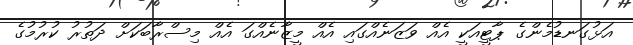
އަޅުގަނޑުމެންގެ ޕާޓީއަކީ އެއް ވަޒަނެއްގައި އެއް މީޒާނެއްގަ އެއް މިސްރާބަކަށް ދަތުރު ކުރުމުގެ